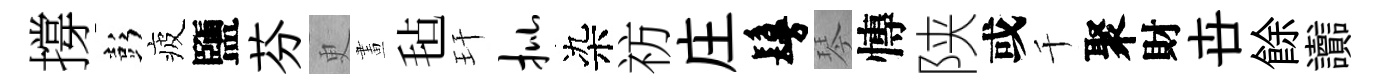
撐彭疲鹽芬更畫毡玕批染祊庄鬘琴慱陕或千聚財卋餘讟